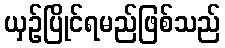
ယှဉ်ပြိုင်ရမည်ဖြစ်သည်